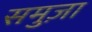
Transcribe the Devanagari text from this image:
समुज़ा